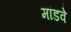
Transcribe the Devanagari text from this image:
मांडवे